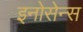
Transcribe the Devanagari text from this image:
इनोसेन्स